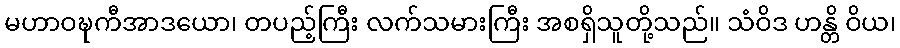
မဟာဝဍ္ဎကီအာဒယော၊ တပည့်ကြီး လက်သမားကြီး အစရှိသူတို့သည်။ သံဝိဒ ဟန္တိ ဝိယ၊